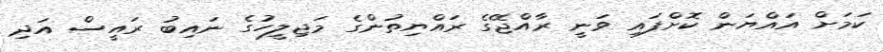
ކަމަށް އައްޔަން ކޮށްފައި ވަނީ ރާއްޖޭގެ ރައްޔިތުންގެ މަޖިލީހުގެ ނައިބު ރައީސް އަދި